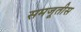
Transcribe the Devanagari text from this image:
समजूतीस